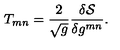
T _ { m n } = \frac { 2 } { \sqrt { g } } \frac { \delta { \mathcal { S } } } { \delta g ^ { m n } } .